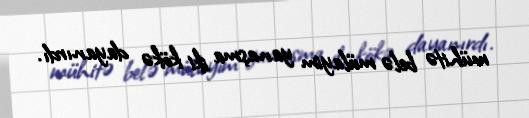
mühitə belə mülayim yanaşma iki kökə dayanırdı.